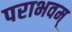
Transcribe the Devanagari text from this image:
पराभवम्‌